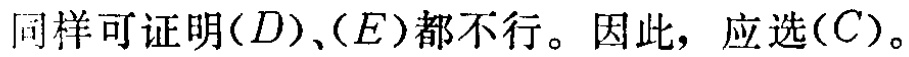
同样可证明\((D)\)、\((E)\)都不行。因此，应选\((C)\)。